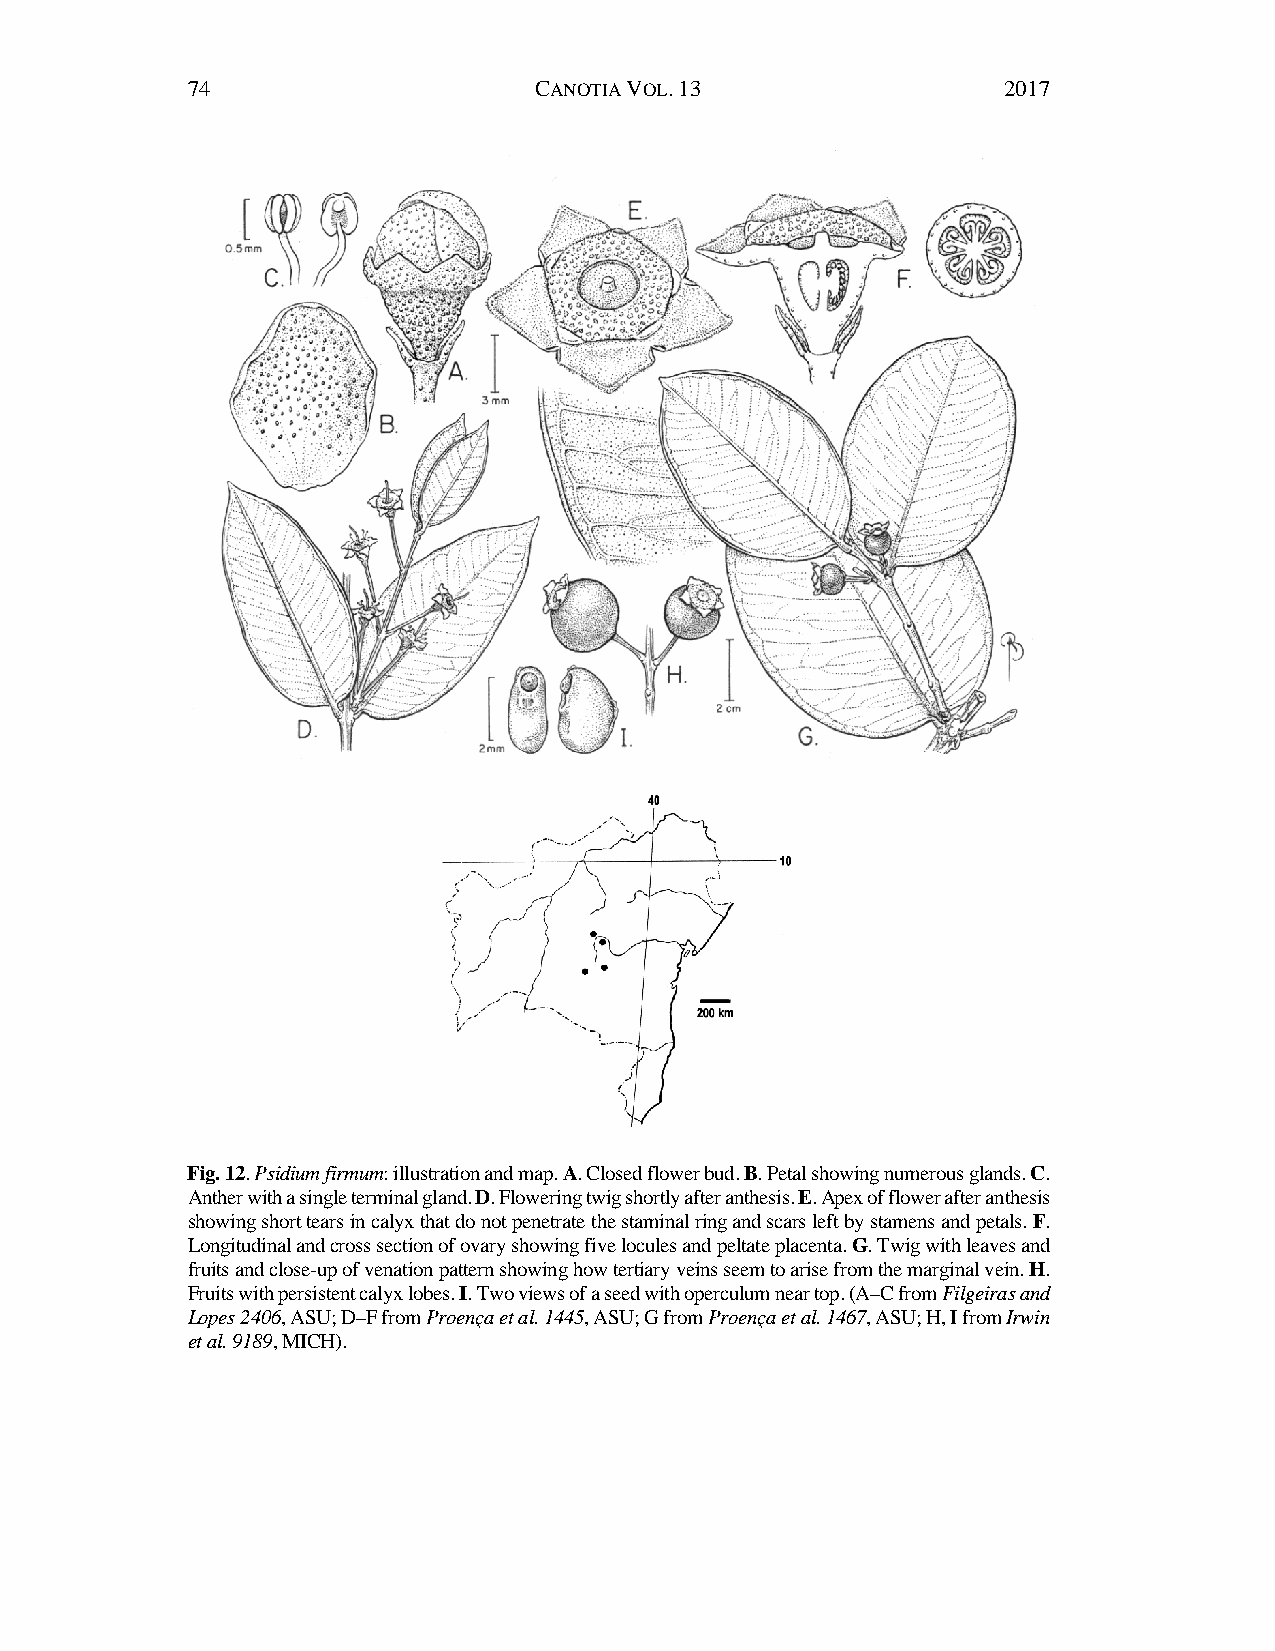
74                     CANOTIA VOL. 13                2017
 Fig. 12. Psidium firmum: illustration and map. A. Closed flower bud. B. Petal showing numerous glands. C.
 Anther with a single terminal gland. D. Flowering twig shortly after anthesis. E. Apex of flower after anthesis
 showing short tears in calyx that do not penetrate the staminal ring and scars left by stamens and petals. F.
 Longitudinal and cross section of ovary showing five locules and peltate placenta. G. Twig with leaves and
 fruits and close-up of venation pattern showing how tertiary veins seem to arise from the marginal vein. H.
 Fruits with persistent calyx lobes. I. Two views of a seed with operculum near top. (A–C from Filgeiras and
 Lopes 2406, ASU; D–F from Proença et al. 1445, ASU; G from Proença et al. 1467, ASU; H, I from Irwin
 et al. 9189, MICH).